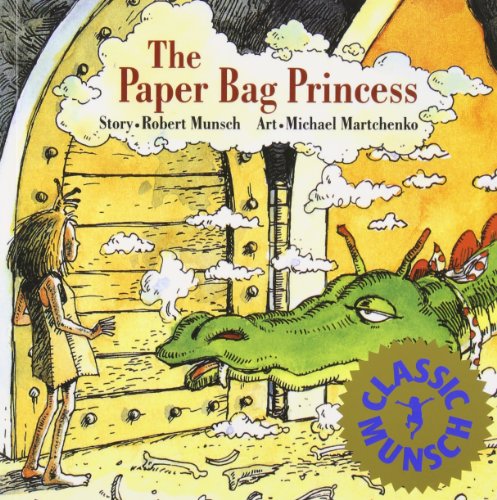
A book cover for The Paper Bag Princess (Classic Munsch); Robert Munsch; Children's Books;